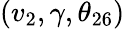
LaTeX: (v_{2},\gamma,\theta_{26})